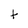
Character: t